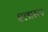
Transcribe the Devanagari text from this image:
श्लास्टा